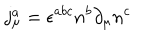
LaTeX: j _ { \mu } ^ { a } = \epsilon ^ { a b c } n ^ { b } \partial _ { \mu } n ^ { c }